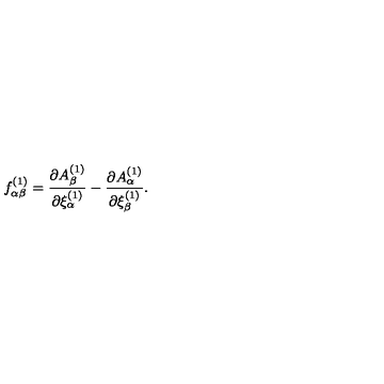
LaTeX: f _ { \alpha \beta } ^ { ( 1 ) } = { \frac { \partial A _ { \beta } ^ { ( 1 ) } } { \partial \xi _ { \alpha } ^ { ( 1 ) } } } - { \frac { \partial A _ { \alpha } ^ { ( 1 ) } } { \partial \xi _ { \beta } ^ { ( 1 ) } } } .